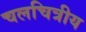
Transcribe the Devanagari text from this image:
चलचित्रीय